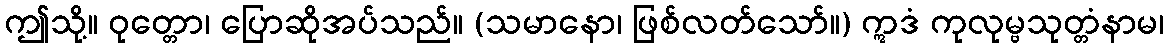
ဤသို့။ ဝုတ္တော၊ ပြောဆိုအပ်သည်။ (သမာနော၊ ဖြစ်လတ်သော်။) ဣဒံ ကုလုမ္ဗသုတ္တံနာမ၊